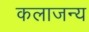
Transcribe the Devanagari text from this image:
कलाजन्य